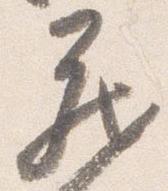
蔵